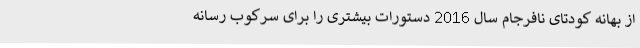
از بهانه کودتای نافرجام سال 2016 دستورات بیشتری را برای سرکوب رسانه